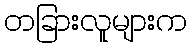
တခြားလူများက